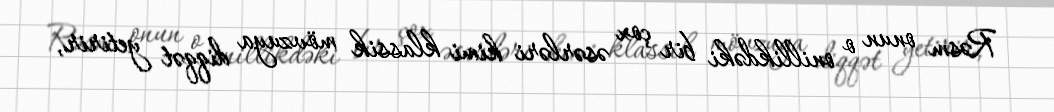
Rəsm onun o onillikdəki bir çox əsərləri kimi klassik mövzuya diqqət yetirir,